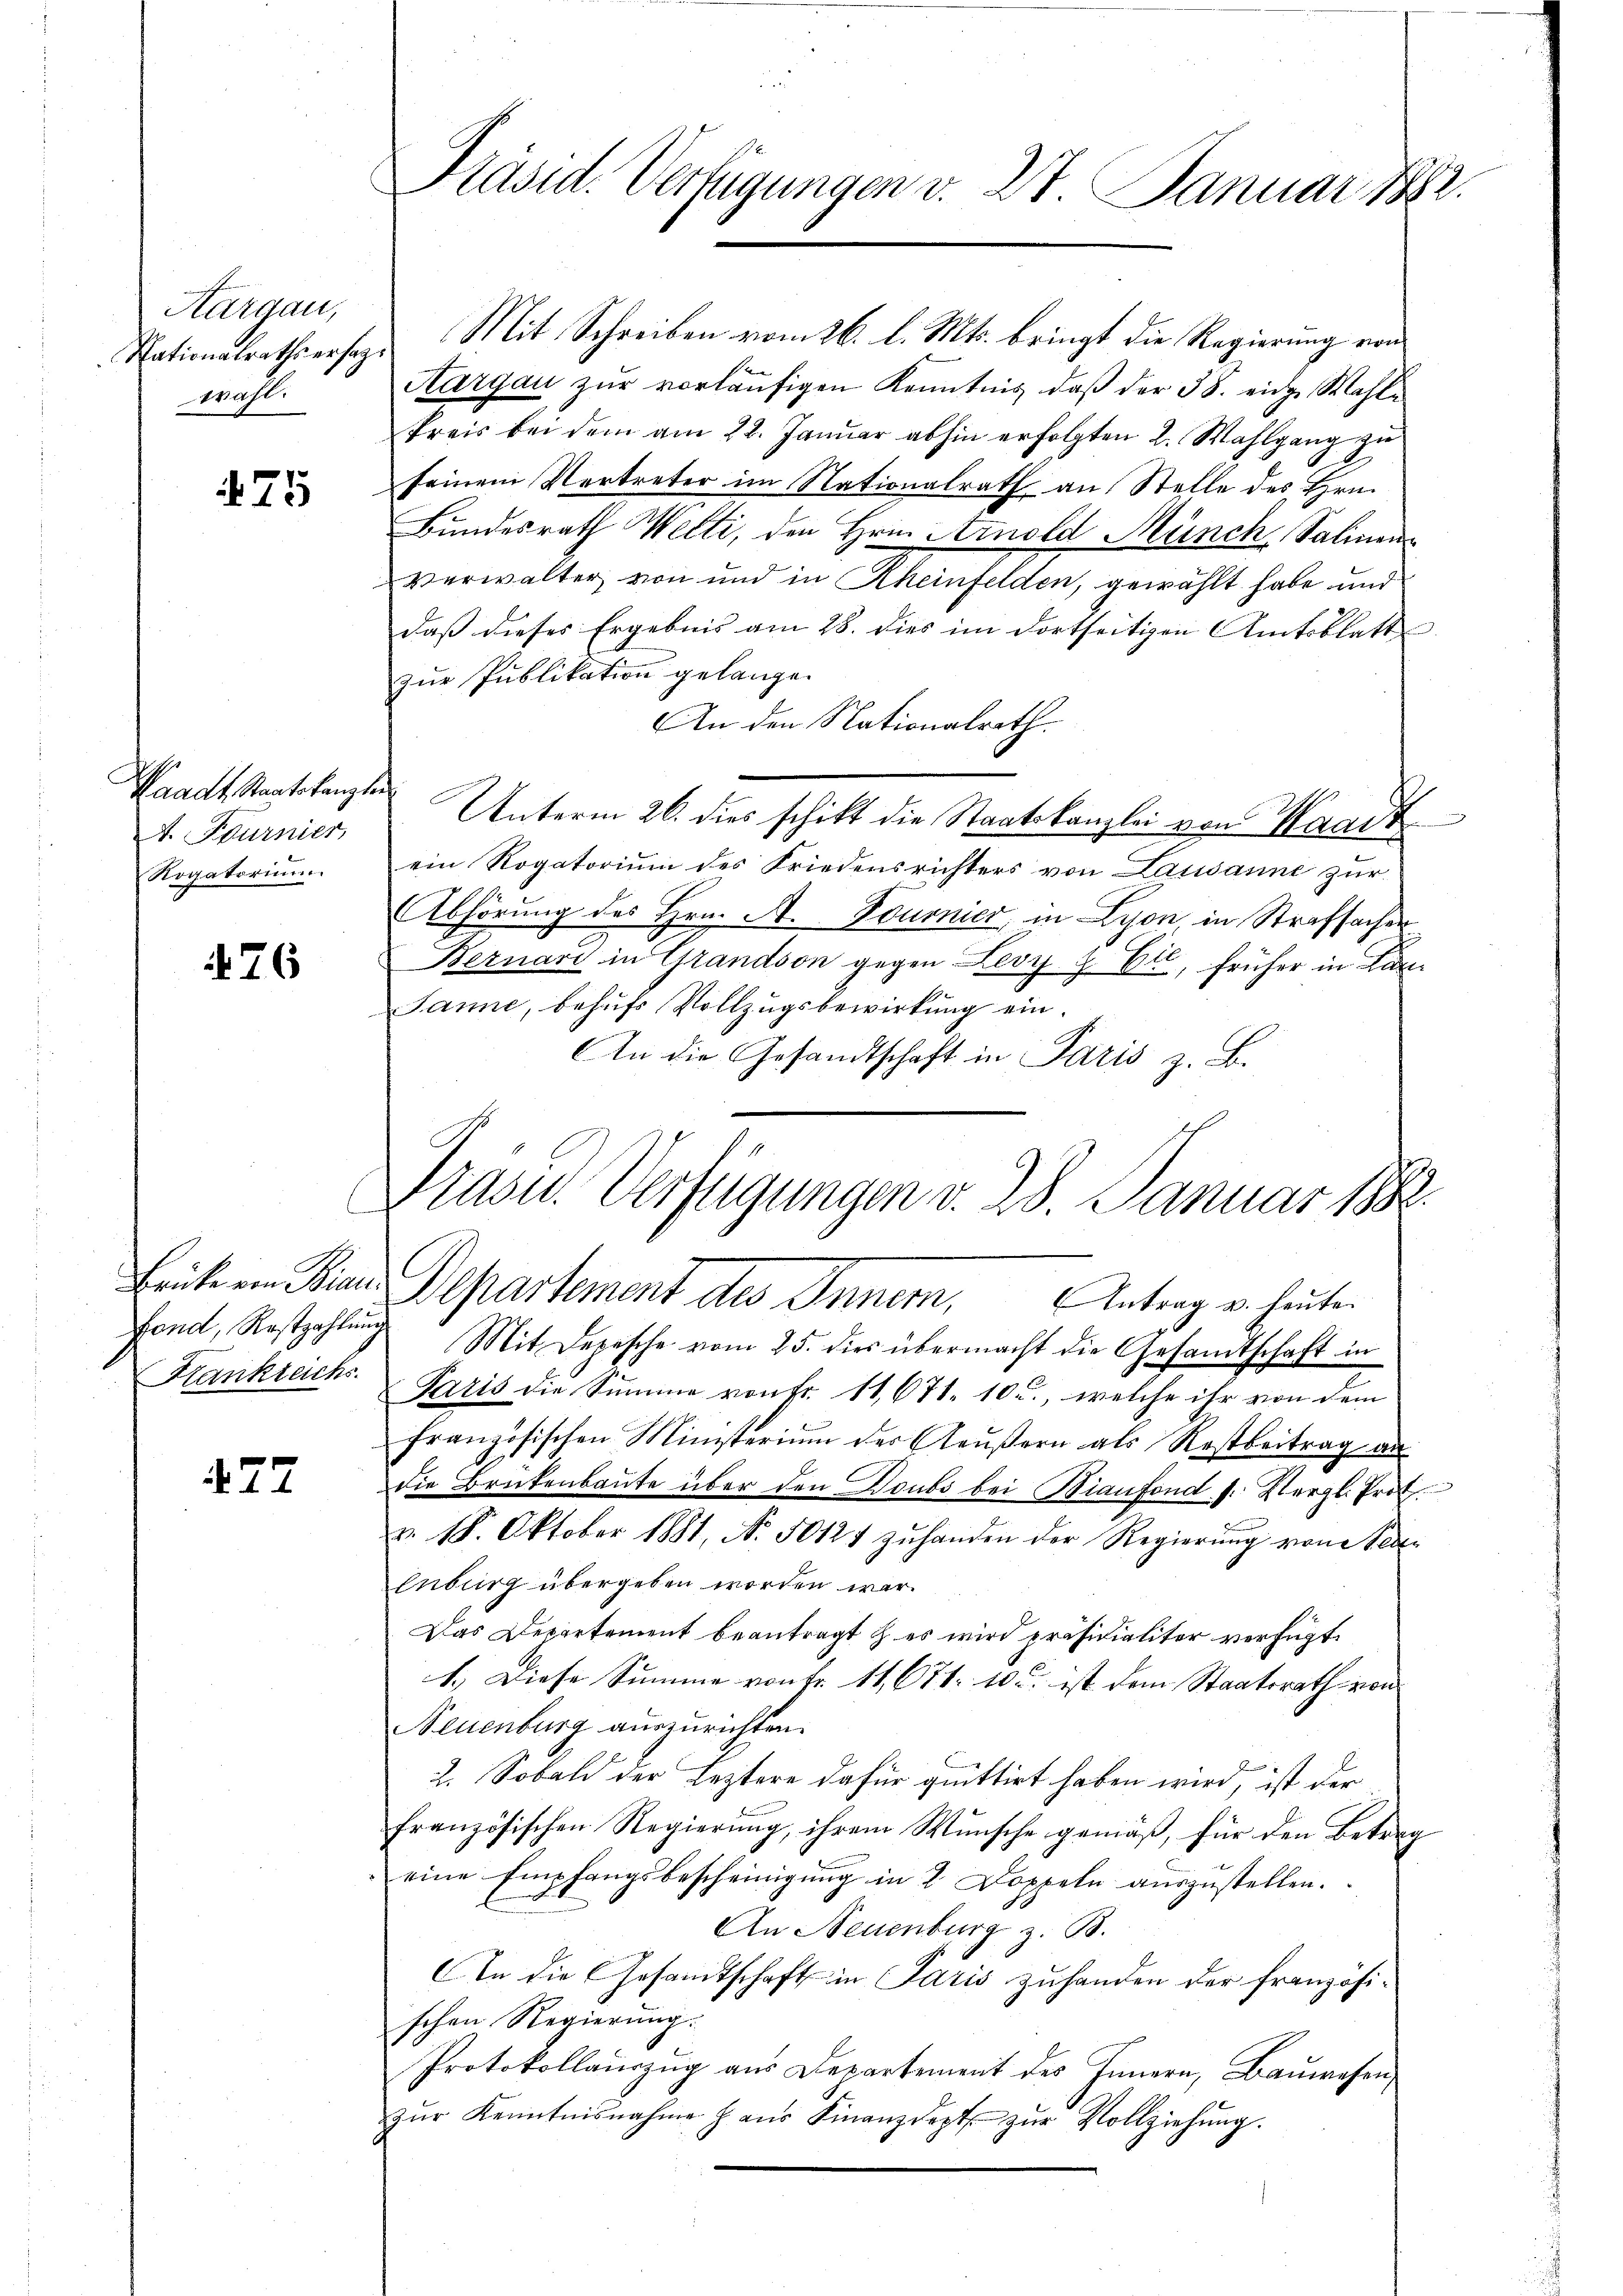
Aargau,
wahl.

71

Waadt, Staatskanzler
A. Burnier,
Rogatorium

76

Fond, Rostzahlung
Kankreichs.

477

Präsid. Verfügungen v. 27. Januar 1882.

Nationalrathsersage Mit Schreiben vom 26. l. Mts. bringt die Regierung von
Aargau zŭr vorläŭfigen Kenntnis daβ der 38. einge Wahle
Preis bei dem am 22. Januar abhin erfolgten 2. Wahlgang zu
seinem Vertreter im Nationalrath an Stelle des Hrn.
Bundesrath Welti, den Hrn. Arnold Münch, Salinen
Verwalter von und in Rheinfelden, gewählt habe und
daβ dieses Ergebnis am 28. dies im dortseitigen Amtsblatt
zur Publikation gelangen
An den Nationalrath.
Unterm 26. dies schikt die Staatskanzlei von Waadt
ein Rogatorium des Friedensrichters von Lausanne zur
Abhörung des Hrn. A. Bournier, in Lyon, in Strafsacher
Bernari in Standson gegen Levy z Et, früher in Lan¬
Janne, behŭfs Vollzŭgsbewirkung ein.
An die Gesandtschaft in Paris z. B.
Frasu. Verfügungen d. 28. Januar 1882

Beute ein Sinn Departement des Innern, Antrag u. heute.

Mit Depesche vom 25. dies übermacht die Gesamtschaft in
Paris die Summe von Fr. 11,671. 10., welche ihr von dem
französischen Ministerium der Aeŭβern als Restbeitrag an
die Brükenbaŭte über den Doubs bei Bianfond s. Vergl. Prot
v. 18. Oktober 1881, N. 50124 zŭ handen der Regierŭng von Seeenburg übergeben worden war.
Das Departement beantragt & es wird präsidialiter verfügt:
1.) Diese Summe von Fr. 11. 671. 10 u. ist dem Staatsrath von
Neuenburg auszurichten.
2. Sobald der Leztere dafür quittirt haben wird, ist der
französischen Regierung, ihrem Wunsche gemäß, für den Betrag
eine Empfangsbescheinigŭng in 2 Doppeln auszustellen.
An Neuenburg z. B.
An die Gesamtschaft in Paris zuhanden der französischen Regierung.
Protokollaŭszŭg aŭs Departement des Innern, Baŭwesen,
zŭr Kenntnisnahme Haŭs Finanzdept zŭr Vollziehŭng.